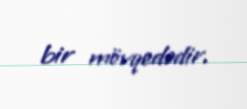
bir mövqedədir.